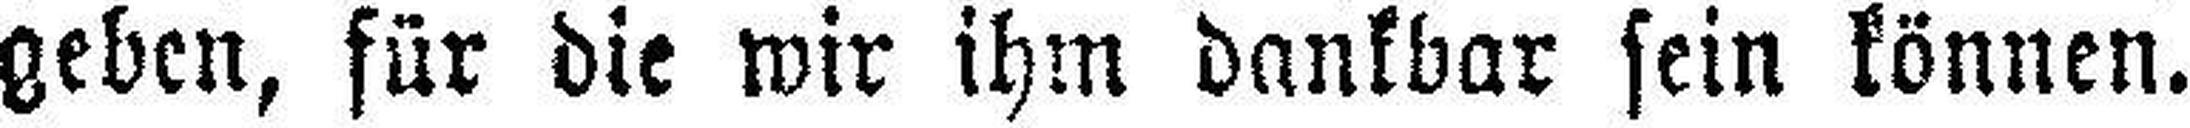
geben, für die wir ihm dankbar sein können.